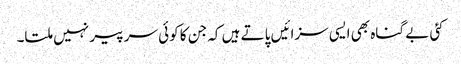
کئی بے گناہ بھی ایسی سزائیں پاتے ہیں کہ جن کا کوئی سر پیر نہیں ملتا۔